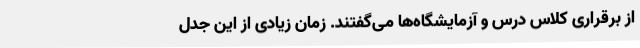
از برقراری کلاس درس و آزمایشگاه‌ها می‌گفتند. زمان زیادی از این جدل